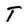
Character: T